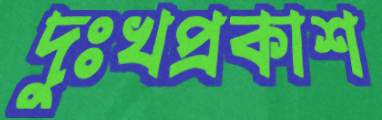
দুঃখপ্রকাশ